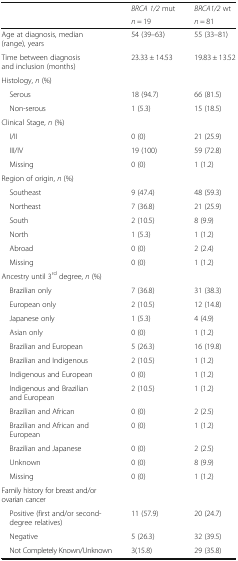
<table><thead><tr><td rowspan="2"></td><td><b><i>BRCA 1/2</i> mut</b></td><td><b><i>BRCA1/2</i> wt</b></td></tr><tr><td><b><i>n</i> = 19</b></td><td><b><i>n</i> = 81</b></td></tr></thead><tbody><tr><td>Age at diagnosis, median (range), years</td><td>54 (39–63)</td><td>55 (33–81)</td></tr><tr><td>Time between diagnosis and inclusion (months)</td><td>23.33 ± 14.53</td><td>19.83 ± 13.52</td></tr><tr><td colspan="3">Histology, <i>n</i> (%)</td></tr><tr><td> Serous</td><td>18 (94.7)</td><td>66 (81.5)</td></tr><tr><td> Non-serous</td><td>1 (5.3)</td><td>15 (18.5)</td></tr><tr><td colspan="3">Clinical Stage, <i>n</i> (%)</td></tr><tr><td> I/II</td><td>0 (0)</td><td>21 (25.9)</td></tr><tr><td> III/IV</td><td>19 (100)</td><td>59 (72.8)</td></tr><tr><td> Missing</td><td>0 (0)</td><td>1 (1.2)</td></tr><tr><td colspan="3">Region of origin, <i>n</i> (%)</td></tr><tr><td> Southeast</td><td>9 (47.4)</td><td>48 (59.3)</td></tr><tr><td> Northeast</td><td>7 (36.8)</td><td>21 (25.9)</td></tr><tr><td> South</td><td>2 (10.5)</td><td>8 (9.9)</td></tr><tr><td> North</td><td>1 (5.3)</td><td>1 (1.2)</td></tr><tr><td> Abroad</td><td>0 (0)</td><td>2 (2.4)</td></tr><tr><td> Missing</td><td>0 (0)</td><td>1 (1.2)</td></tr><tr><td colspan="3">Ancestry until 3<sup>rd</sup> degree, <i>n</i> (%)</td></tr><tr><td> Brazilian only</td><td>7 (36.8)</td><td>31 (38.3)</td></tr><tr><td> European only</td><td>2 (10.5)</td><td>12 (14.8)</td></tr><tr><td> Japanese only</td><td>1 (5.3)</td><td>4 (4.9)</td></tr><tr><td> Asian only</td><td>0 (0)</td><td>1 (1.2)</td></tr><tr><td> Brazilian and European</td><td>5 (26.3)</td><td>16 (19.8)</td></tr><tr><td> Brazilian and Indigenous</td><td>2 (10.5)</td><td>1 (1.2)</td></tr><tr><td> Indigenous and European</td><td>0 (0)</td><td>1 (1.2)</td></tr><tr><td> Indigenous and Brazilian and European</td><td>2 (10.5)</td><td>1 (1.2)</td></tr><tr><td> Brazilian and African</td><td>0 (0)</td><td>2 (2.5)</td></tr><tr><td> Brazilian and African and European</td><td>0 (0)</td><td>1 (1.2)</td></tr><tr><td> Brazilian and Japanese</td><td>0 (0)</td><td>2 (2.5)</td></tr><tr><td> Unknown</td><td>0 (0)</td><td>8 (9.9)</td></tr><tr><td> Missing</td><td>0 (0)</td><td>1 (1.2)</td></tr><tr><td colspan="3">Family history for breast and/or ovarian cancer</td></tr><tr><td> Positive (first and/or second-degree relatives)</td><td>11 (57.9)</td><td>20 (24.7)</td></tr><tr><td> Negative</td><td>5 (26.3)</td><td>32 (39.5)</td></tr><tr><td> Not Completely Known/Unknown</td><td>3(15.8)</td><td>29 (35.8)</td></tr></tbody></table>